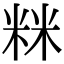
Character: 𥹫